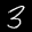
Label: 3